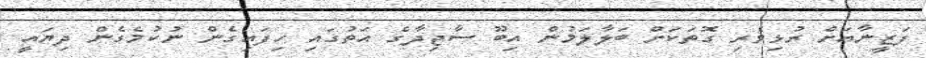
ފަޒީނާއަށް ރުޅިވެރި ގޮތަކަށް ބަލާލަމުން އިބޫ ސާޖިދާގެ އަތުގައި ހިފައިގެން ނުކުމެގެން ދިޔައީ